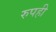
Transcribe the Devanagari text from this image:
रुपही